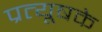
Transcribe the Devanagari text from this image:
प्रत्यूषके